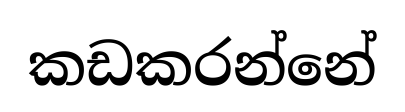
කඩකරන්නේ